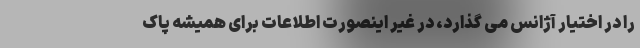
را در اختیار آژانس می گذارد، در غیر اینصورت اطلاعات برای همیشه پاک